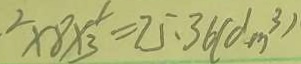
^ { 2 } \times 8 \times \frac { 1 } { 3 } = 7 5 . 3 6 ( d m ^ { 2 } )